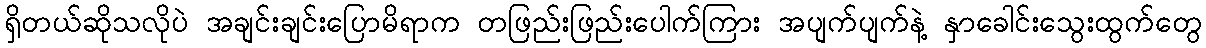
ရှိတယ်ဆိုသလိုပဲ အချင်းချင်းပြောမိရာက တဖြည်းဖြည်းပေါက်ကြား အပျက်ပျက်နဲ့ နှာခေါင်းသွေးထွက်တွေ